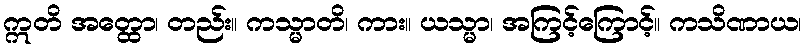
ဣတိ အတ္ထော၊ တည်း။ ကသ္မာတိ၊ ကား။ ယသ္မာ၊ အကြင့်ကြောင့်။ ကသိဏာယ၊